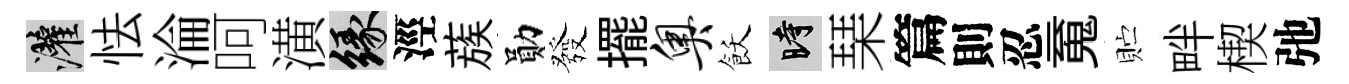
灌怯淪呵潢緣涇蔟勛發擺奥飫时琹篇則忍䰟贮畔楔弛